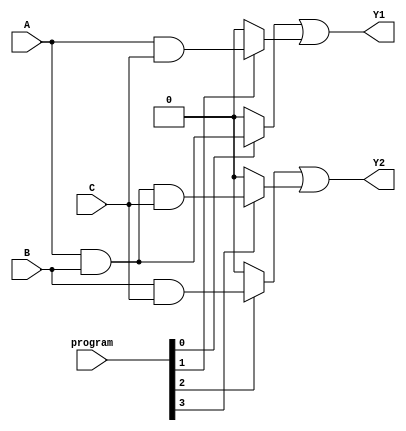
module jewel_pal (
    input wire A,        // Input A
    input wire B,        // Input B
    input wire C,        // Input C
    input wire [3:0] program, // Programming input for AND array
    output wire Y1,      // Output Y1
    output wire Y2       // Output Y2
);

// Internal signals for the AND gates
wire and_out0, and_out1, and_out2, and_out3;

// Programmable AND gates
assign and_out0 = (program[0]) ? (A & B) : 1'b0; // AND gate 0: A & B
assign and_out1 = (program[1]) ? (A & C) : 1'b0; // AND gate 1: A & C
assign and_out2 = (program[2]) ? (B & C) : 1'b0; // AND gate 2: B & C
assign and_out3 = (program[3]) ? (A & B & C) : 1'b0; // AND gate 3: A & B & C

// Fixed OR gates
assign Y1 = and_out0 | and_out1; // OR gate for output Y1
assign Y2 = and_out2 | and_out3; // OR gate for output Y2

endmodule